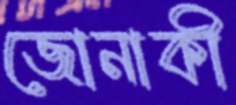
জোনাকী